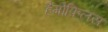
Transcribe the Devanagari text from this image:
हैमोफिलस